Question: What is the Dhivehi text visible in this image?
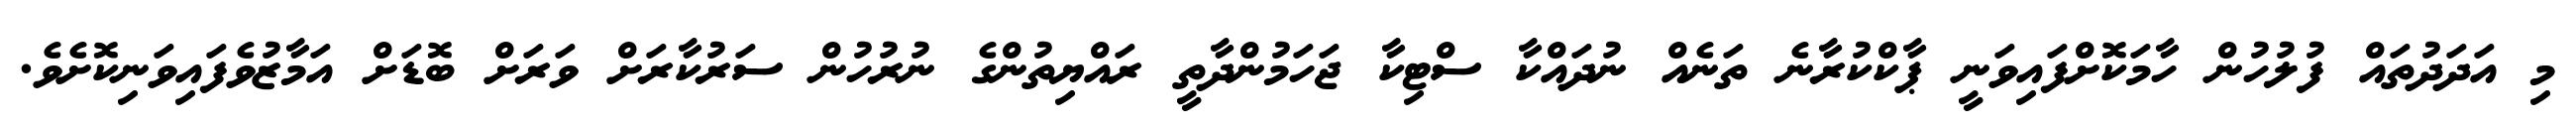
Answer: މި އަދަދުތައް ފުލުހުން ހާމަކޮށްފައިވަނީ ޕާކްކުރާނެ ތަނެއް ނުދައްކާ ސްޓިކާ ޖަހަމުންދާތީ ރައްޔިތުންގެ ނުރުހުން ސަރުކާރަށް ވަރަށް ބޮޑަށް އަމާޒުވެފައިވަނިކޮށެވެ.